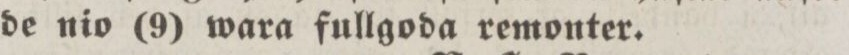
de nio (9) wara fullgoda remonter.